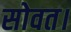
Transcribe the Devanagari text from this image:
सोवत।